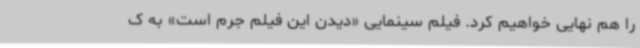
را هم نهایی خواهیم کرد. فیلم سینمایی «دیدن این فیلم جرم است» به ک